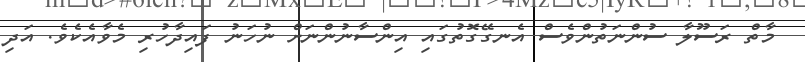
މާތް ރަސޫލާ ސުންނަތުންވެސް އެނގޭގޮތުގައި އިންސާނުންނަށް ނުހަނު ފައިދާހުރި މެވާއެކެވެ. އަދި